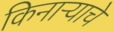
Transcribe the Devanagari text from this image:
किनाऱ्याचे